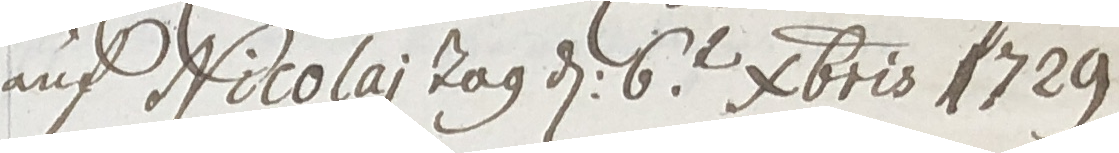
auf Nicolai tag den 6ten decembris 1729